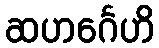
ဆဟင်္ဂေဟိ